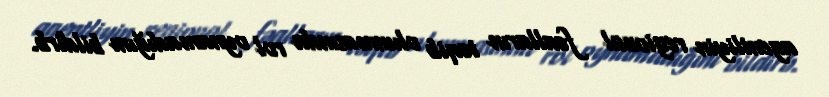
agentliyin regional fəalların təqib olunmasında rol oynamadığını bildirb.